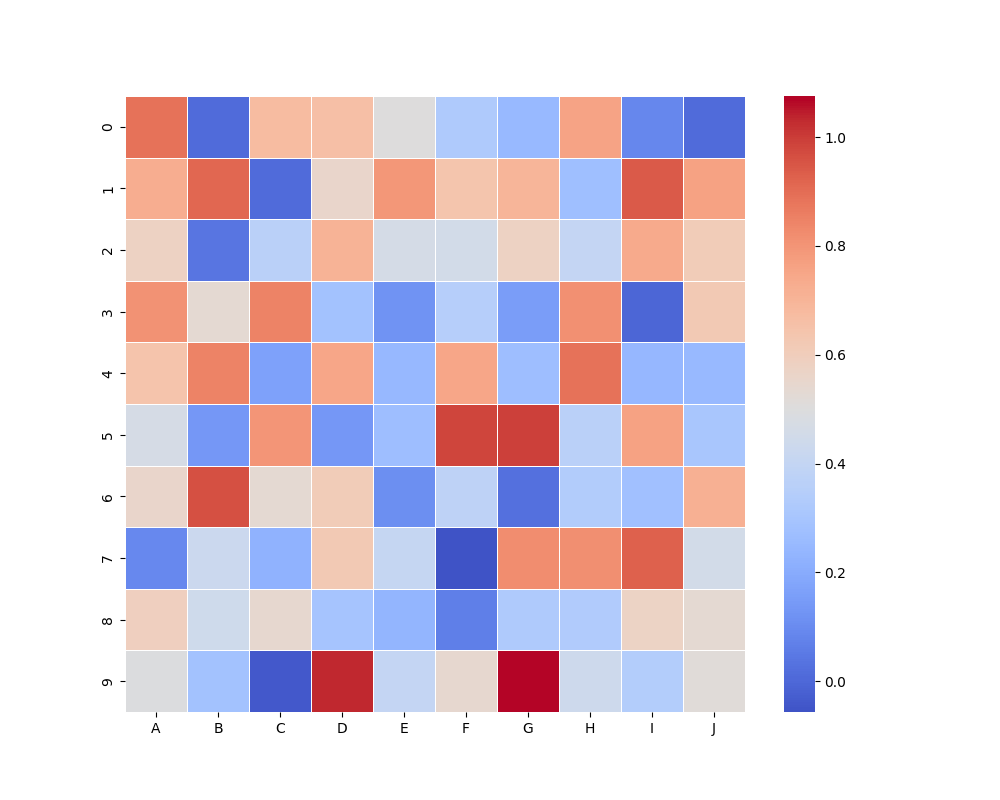
python, seaborn, heatmap, cmap='coolwarm', linewidths=0.5, center=0.5